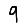
Digit: 9